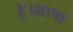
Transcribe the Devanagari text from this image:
है।भाषा